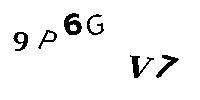
9P6GV7